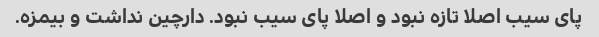
پای سیب اصلا تازه نبود و اصلا پای سیب نبود. دارچین نداشت و بیمزه.